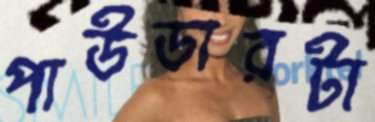
পাউডারটা